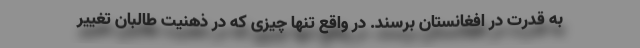
به قدرت در افغانستان برسند. در واقع تنها چیزی که در ذهنیت طالبان تغییر